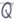
Text: Q